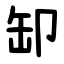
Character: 缷